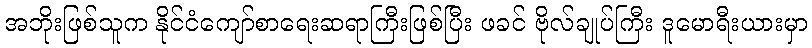
အဘိုးဖြစ်သူက နိုင်ငံကျော်စာရေးဆရာကြီးဖြစ်ပြီး ဖခင် ဗိုလ်ချုပ်ကြီး ဒူမောရီးယားမှာ